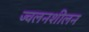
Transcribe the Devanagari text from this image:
ज्वलनशीलन